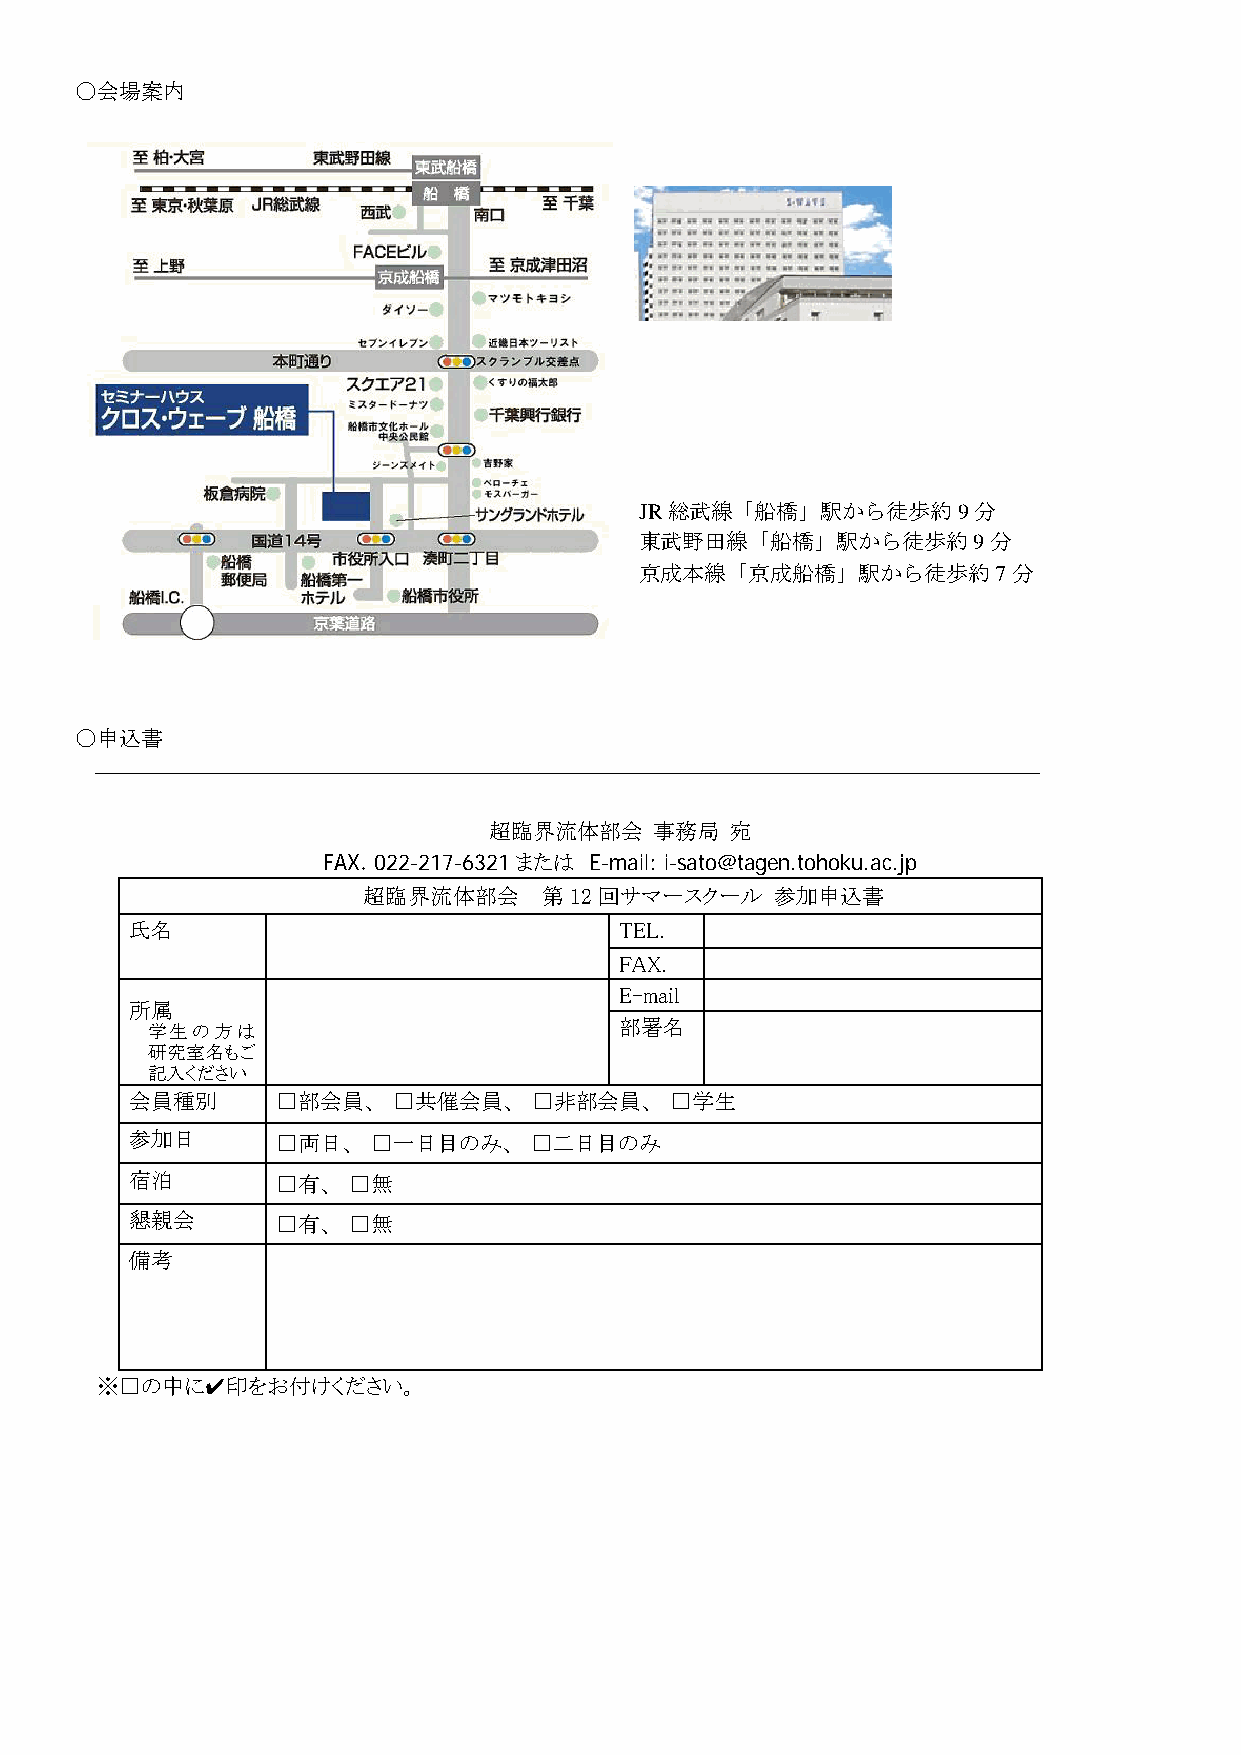
〇会場案内
 JR総武線「船橋」駅から徒歩約9分
 東武野田線「船橋」駅から徒歩約9分
 京成本線「京成船橋」駅から徒歩約7分
 〇申込書
 超臨界流体部会    事務局  宛
 FAX．022-217-6321または E-mail: i-sato@tagen.tohoku.ac.jp
 超臨界流体部会     第12回サマースクール    参加申込書
 氏名                              TEL.
 FAX.
 E-mail
 所属
 学生の方は                          部署名
 研究室名もご
 記入ください
 会員種別     □部会員、   □共催会員、   □非部会員、   □学生
 参加日      □両日、   □一日目のみ、   □二日目のみ
 宿泊       □有、  □無
 懇親会      □有、  □無
 備考
 ※□の中に✔印をお付けください。